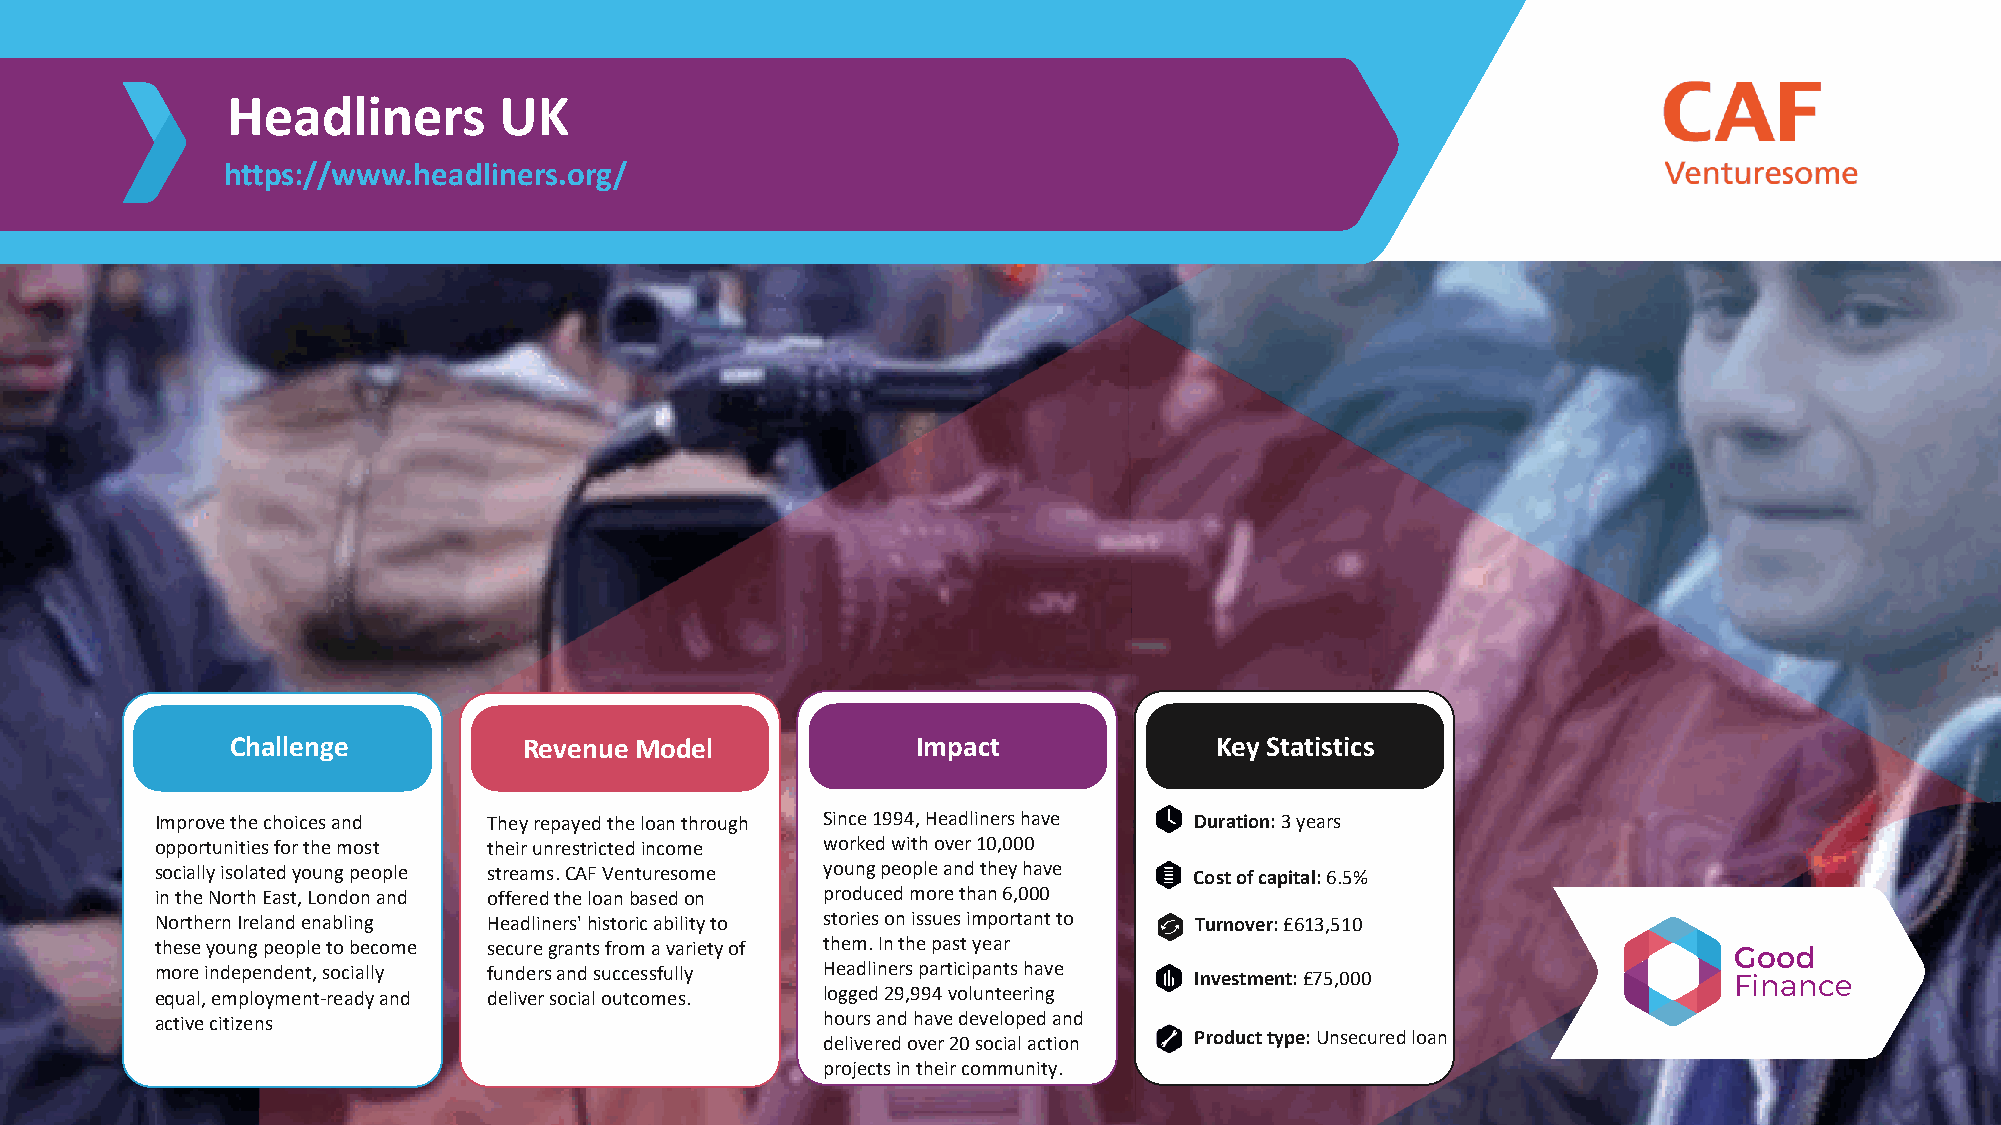
Headliners        UK
 https://www.headliners.org/
 Challenge           Revenue Model             Impact             Key Statistics
 Improve the choices and They repayed the loan through Since 1994, Headliners have Duration: 3 years
 opportunities for the most their unrestricted income worked with over 10,000
 socially isolated young people streams. CAF Venturesome young people and they have Cost of capital: 6.5%
 in the North East, London and offered the loan based on produced more than 6,000
 Northern Ireland enabling Headliners' historic ability to stories on issues important to Turnover: £613,510
 these young people to become secure grants from a variety of them. In the past year
 more independent, socially funders and successfully Headliners participants have Investment: £75,000
 equal, employment-ready and deliver social outcomes. logged 29,994 volunteering
 active citizens                             hours and have developed and
 delivered over 20 social action Product type: Unsecured loan
 projects in their community.